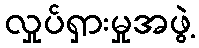
လှုပ်ရှားမှုအဖွဲ့